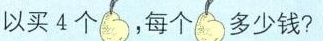
以买4个，每个多少钱？